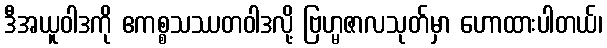
ဒီအယူဝါဒကို ဧကစ္စသဿတဝါဒလို့ ဗြဟ္မဇာလသုတ်မှာ ဟောထားပါတယ်၊